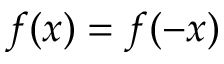
f ( x ) = f ( - x )